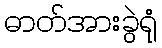
ဓာတ်အားခွဲရုံ